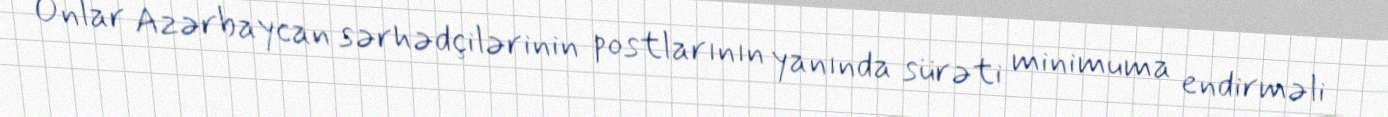
Onlar Azərbaycan sərhədçilərinin postlarının yanında sürəti minimuma endirməli